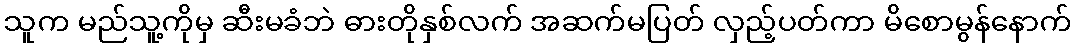
သူက မည်သူ့ကိုမှ ဆီးမခံဘဲ ဓားတိုနှစ်လက် အဆက်မပြတ် လှည့်ပတ်ကာ မိစောမွန်နောက်